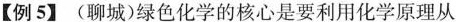
【例5】(聊城)绿色化学的核心是要利用化学原理从